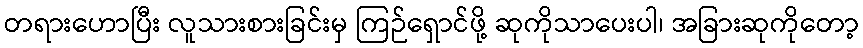
တရားဟောပြီး လူသားစားခြင်းမှ ကြဉ်ရှောင်ဖို့ ဆုကိုသာပေးပါ၊ အခြားဆုကိုတော့